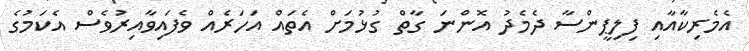
އެމެރިކާއާއި ފިލިޕީންސާ ދެމެދު އޮންނަ ގާތް ގުޅުމަށް އެތައް އަހަރެއް ވެފައިވާއިރުވެސް އެކަމުގެ